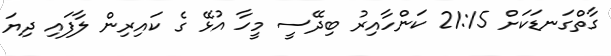
ގާތްގަނޑަކަށް 21:15 ކަންހާއިރު ބިދޭސީ މީހާ އުޅޭ ގެ ކައިރިން ލާފައި ދިޔަ